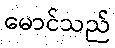
မောင်သည်